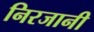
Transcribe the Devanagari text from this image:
निरजानी